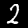
Label: 2